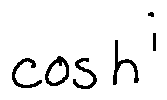
\cos h ^ { i }